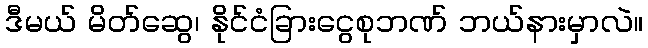
ဒီမယ် မိတ်ဆွေ၊ နိုင်ငံခြားငွေစုဘဏ် ဘယ်နားမှာလဲ။